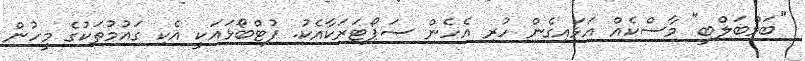
"ބަމްބަލްބީ" މާސްކެއް އަޅައިގެން ހުރި އެހެން ސަޕޯޓަރަކާއެކު. ފުޓްބޯޅައަކީ އެކި ގައުމުތަކުގެ މީހުން